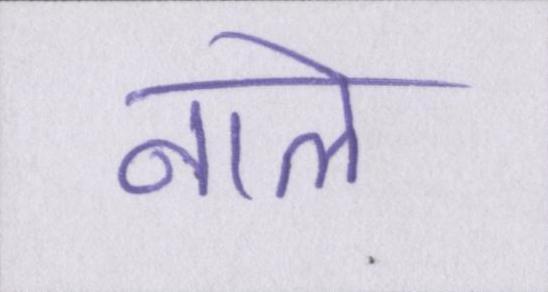
नाले